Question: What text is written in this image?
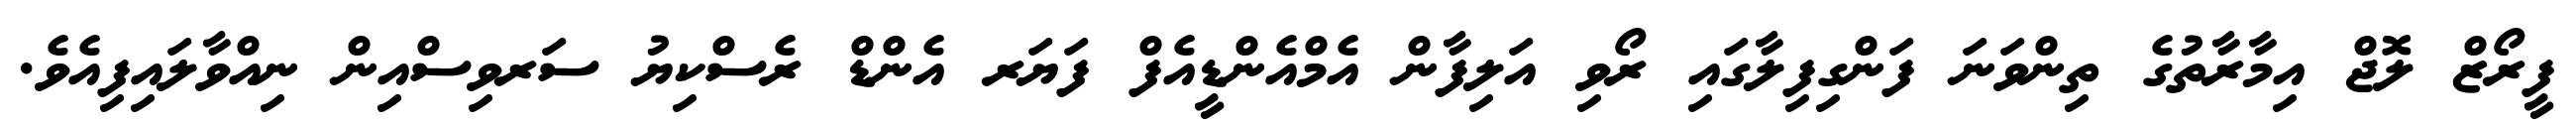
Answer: ފީރޯޒް ލޮޖް އިމާރާތުގެ ތިންވަނަ ފަންގިފިލާގައި ރޯވި އަލިފާން އެމްއެންޑީއެފް ފަޔަރ އެންޑް ރެސްކިޔު ސަރވިސްއިން ނިއްވާލައިފިއެވެ.